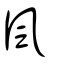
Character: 風